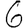
Digit: 6